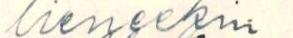
lieneekin